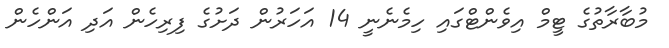
މުބާރާތުގެ ޓީމް އިވެންޓްގައި ހިމެނެނީ 14 އަހަރުން ދަށުގެ ފިރިހެން އަދި އަންހެން